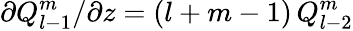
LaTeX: \partial Q_{l-1}^{m}/\partial z=(l+m-1)\, Q_{l-2}^{m}